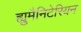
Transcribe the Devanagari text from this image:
ह्युमैनिटेरियन